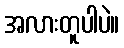
အလားတူပါပဲ။